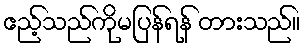
ဧည့်သည်ကိုမပြန်ရန် တားသည်။